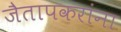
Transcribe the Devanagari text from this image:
जैतापकरांना